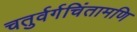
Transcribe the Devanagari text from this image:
चतुर्वर्गचिंतामणि